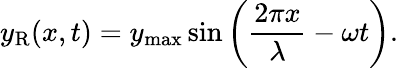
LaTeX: y_{\mathrm{R}}(x,t)=y_{\mathrm{max}}\sin\left({\frac{2\pi x}{\lambda}}-\omega t\right).